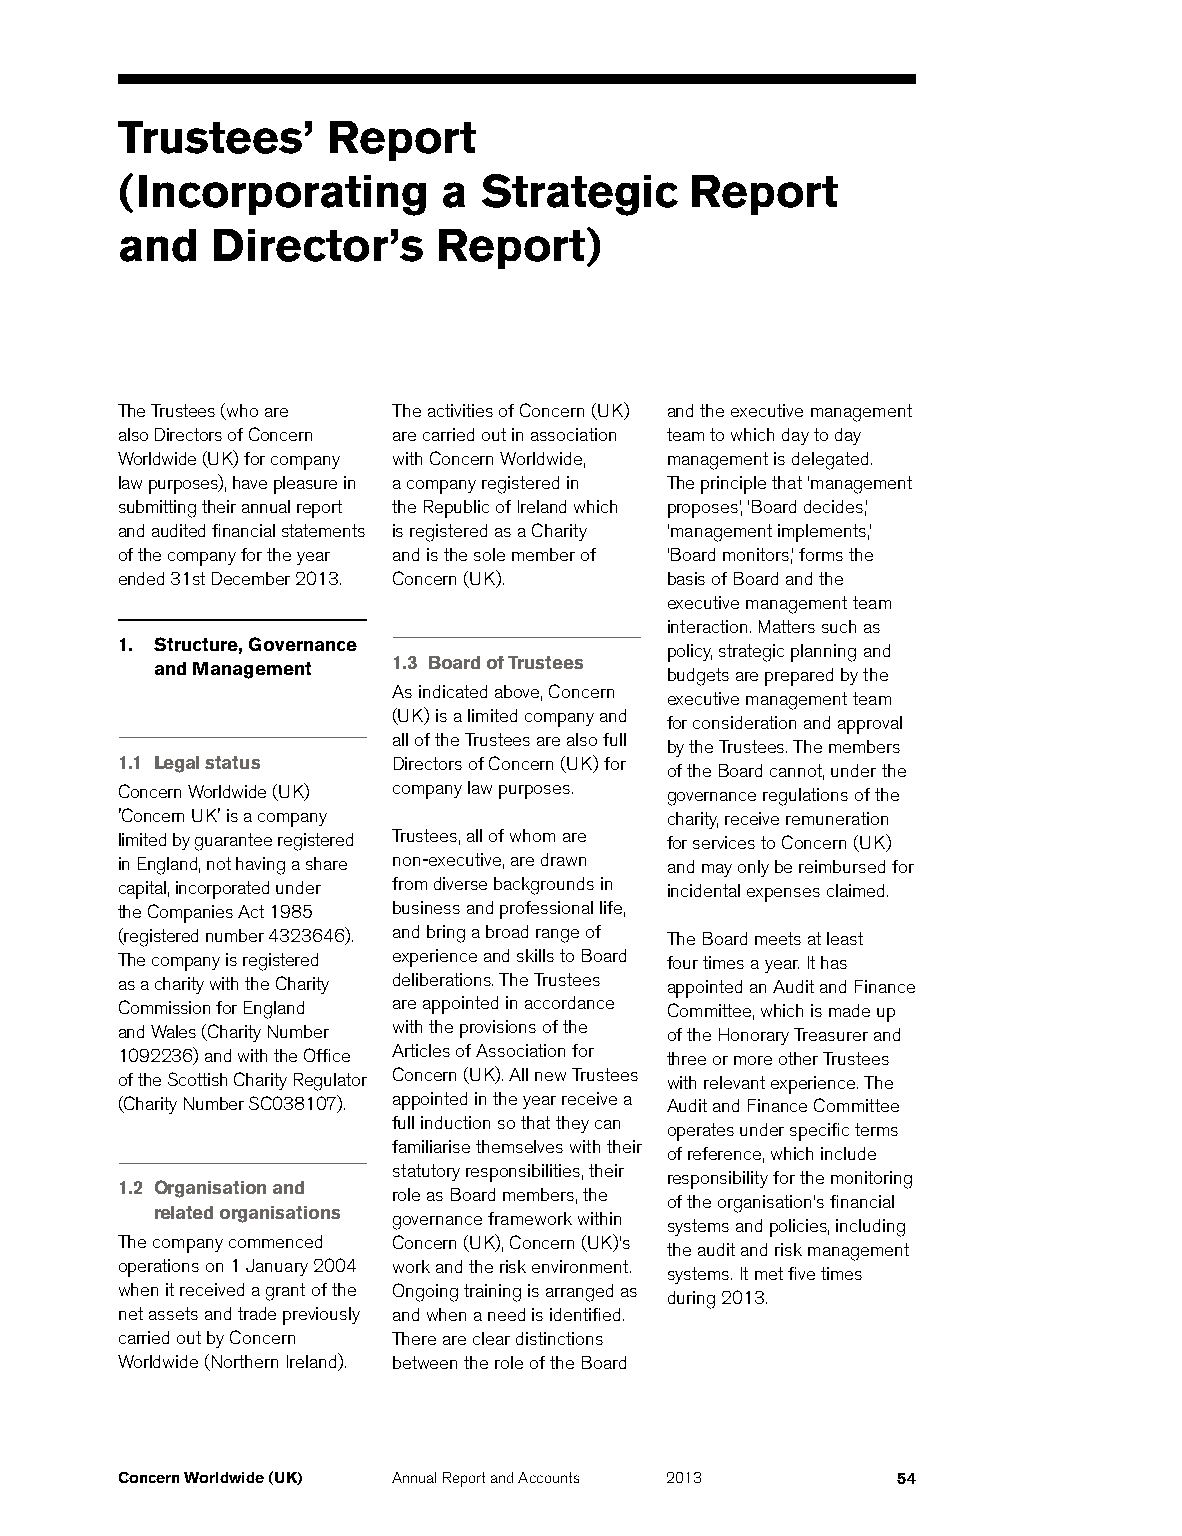
Trustees’     Report
 (Incorporating       a  Strategic     Report
 and   Director’s     Report)
 The Trustees (who are The activities of Concern (UK) and the executive management
 also Directors of Concern are carried out in association team to which day to day
 Worldwide (UK) for company with Concern Worldwide, management is delegated.
 law purposes), have pleasure in a company registered in The principle that ‘management
 submitting their annual report the Republic of Ireland which proposes,’ ‘Board decides,’
 and audited financial statements is registered as a Charity ‘management implements,’
 of the company for the year and is the sole member of ‘Board monitors,’ forms the
 ended 31st December 2013. Concern (UK). basis of Board and the
 executive management team
 interaction. Matters such as
 1. Structure, Governance            policy, strategic planning and
 1.3 Board of Trustees
 and Management                    budgets are prepared by the
 As indicated above, Concern
 executive management team
 (UK) is a limited company and
 for consideration and approval
 all of the Trustees are also full
 by the Trustees. The members
 1.1 Legal status  Directors of Concern (UK) for
 of the Board cannot, under the
 Concern Worldwide (UK) company law purposes. governance regulations of the
 'Concern UK' is a company           charity, receive remuneration
 limited by guarantee registered Trustees, all of whom are for services to Concern (UK)
 in England, not having a share non-executive, are drawn and may only be reimbursed for
 capital, incorporated under from diverse backgrounds in incidental expenses claimed.
 the Companies Act 1985 business and professional life,
 (registered number 4323646). and bring a broad range of The Board meets at least
 The company is registered experience and skills to Board four times a year. It has
 as a charity with the Charity deliberations. The Trustees appointed an Audit and Finance
 Commission for England are appointed in accordance Committee, which is made up
 and Wales (Charity Number with the provisions of the of the Honorary Treasurer and
 1092236) and with the Office Articles of Association for three or more other Trustees
 of the Scottish Charity Regulator Concern (UK). All new Trustees with relevant experience. The
 (Charity Number SC038107). appointed in the year receive a Audit and Finance Committee
 full induction so that they can
 operates under specific terms
 familiarise themselves with their
 of reference, which include
 statutory responsibilities, their
 responsibility for the monitoring
 1.2 Organisation and
 role as Board members, the
 of the organisation’s financial
 related organisations governance framework within
 systems and policies, including
 The company commenced Concern (UK), Concern (UK)’s
 the audit and risk management
 operations on 1 January 2004 work and the risk environment.
 systems. It met five times
 when it received a grant of the Ongoing training is arranged as
 during 2013.
 net assets and trade previously and when a need is identified.
 carried out by Concern There are clear distinctions
 Worldwide (Northern Ireland). between the role of the Board
 Concern Worldwide (UK) Annual Report and Accounts 2013 54